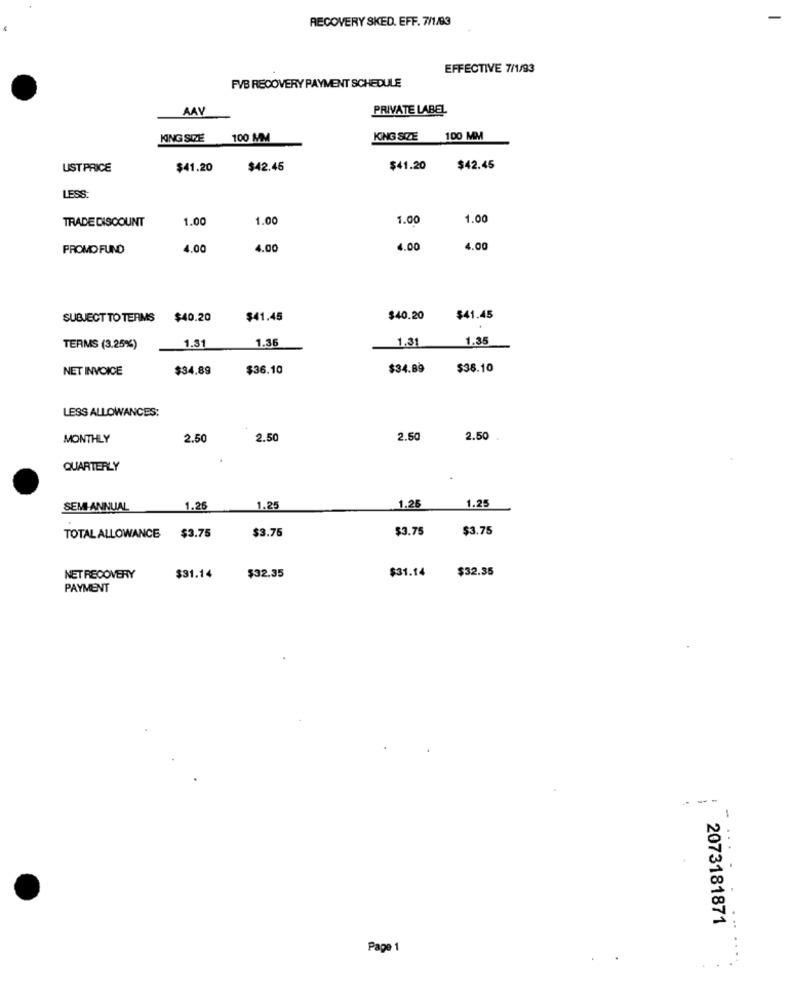
RECOVERY SKED. EFF. 7/1/83
EFFECTIVE 7/1/93
FVB RECOVERY PAYMENT SCHEDULE
AAV
PRIVATE LABEL
KING SIZE
100 MM
KING SIZE 100 MM
UST PRICE
$41.20
$42.45
$41.20
$42.45
LESS:
TRADE DISCOUNT
1.00
1.00
1.00
1.00
PROMO FUND
4.00
4.00
4.00
4.00
SUBJECTTO TERMS $40.20
$41.45
$40.20
$41.45
1.31
1.36
1.31
1.35
TERMS (3.25%)
NET INVOICE
$34.89
$36.10
$34.89
$36.10
LESS ALLOWANCES:
MONTHLY
2.50
2.50
2.50
2.50
QUARTERLY
1.25
SEMI-ANNUAL
1.26
1.25
1.26
$3.75
$3.75
$3.75
$3.75
TOTAL ALLOWANCE
$32.35
$31.14
$32.35
NET RECOVERY
$31.14
PAYMENT
-
2073181871
. ..
Page 1